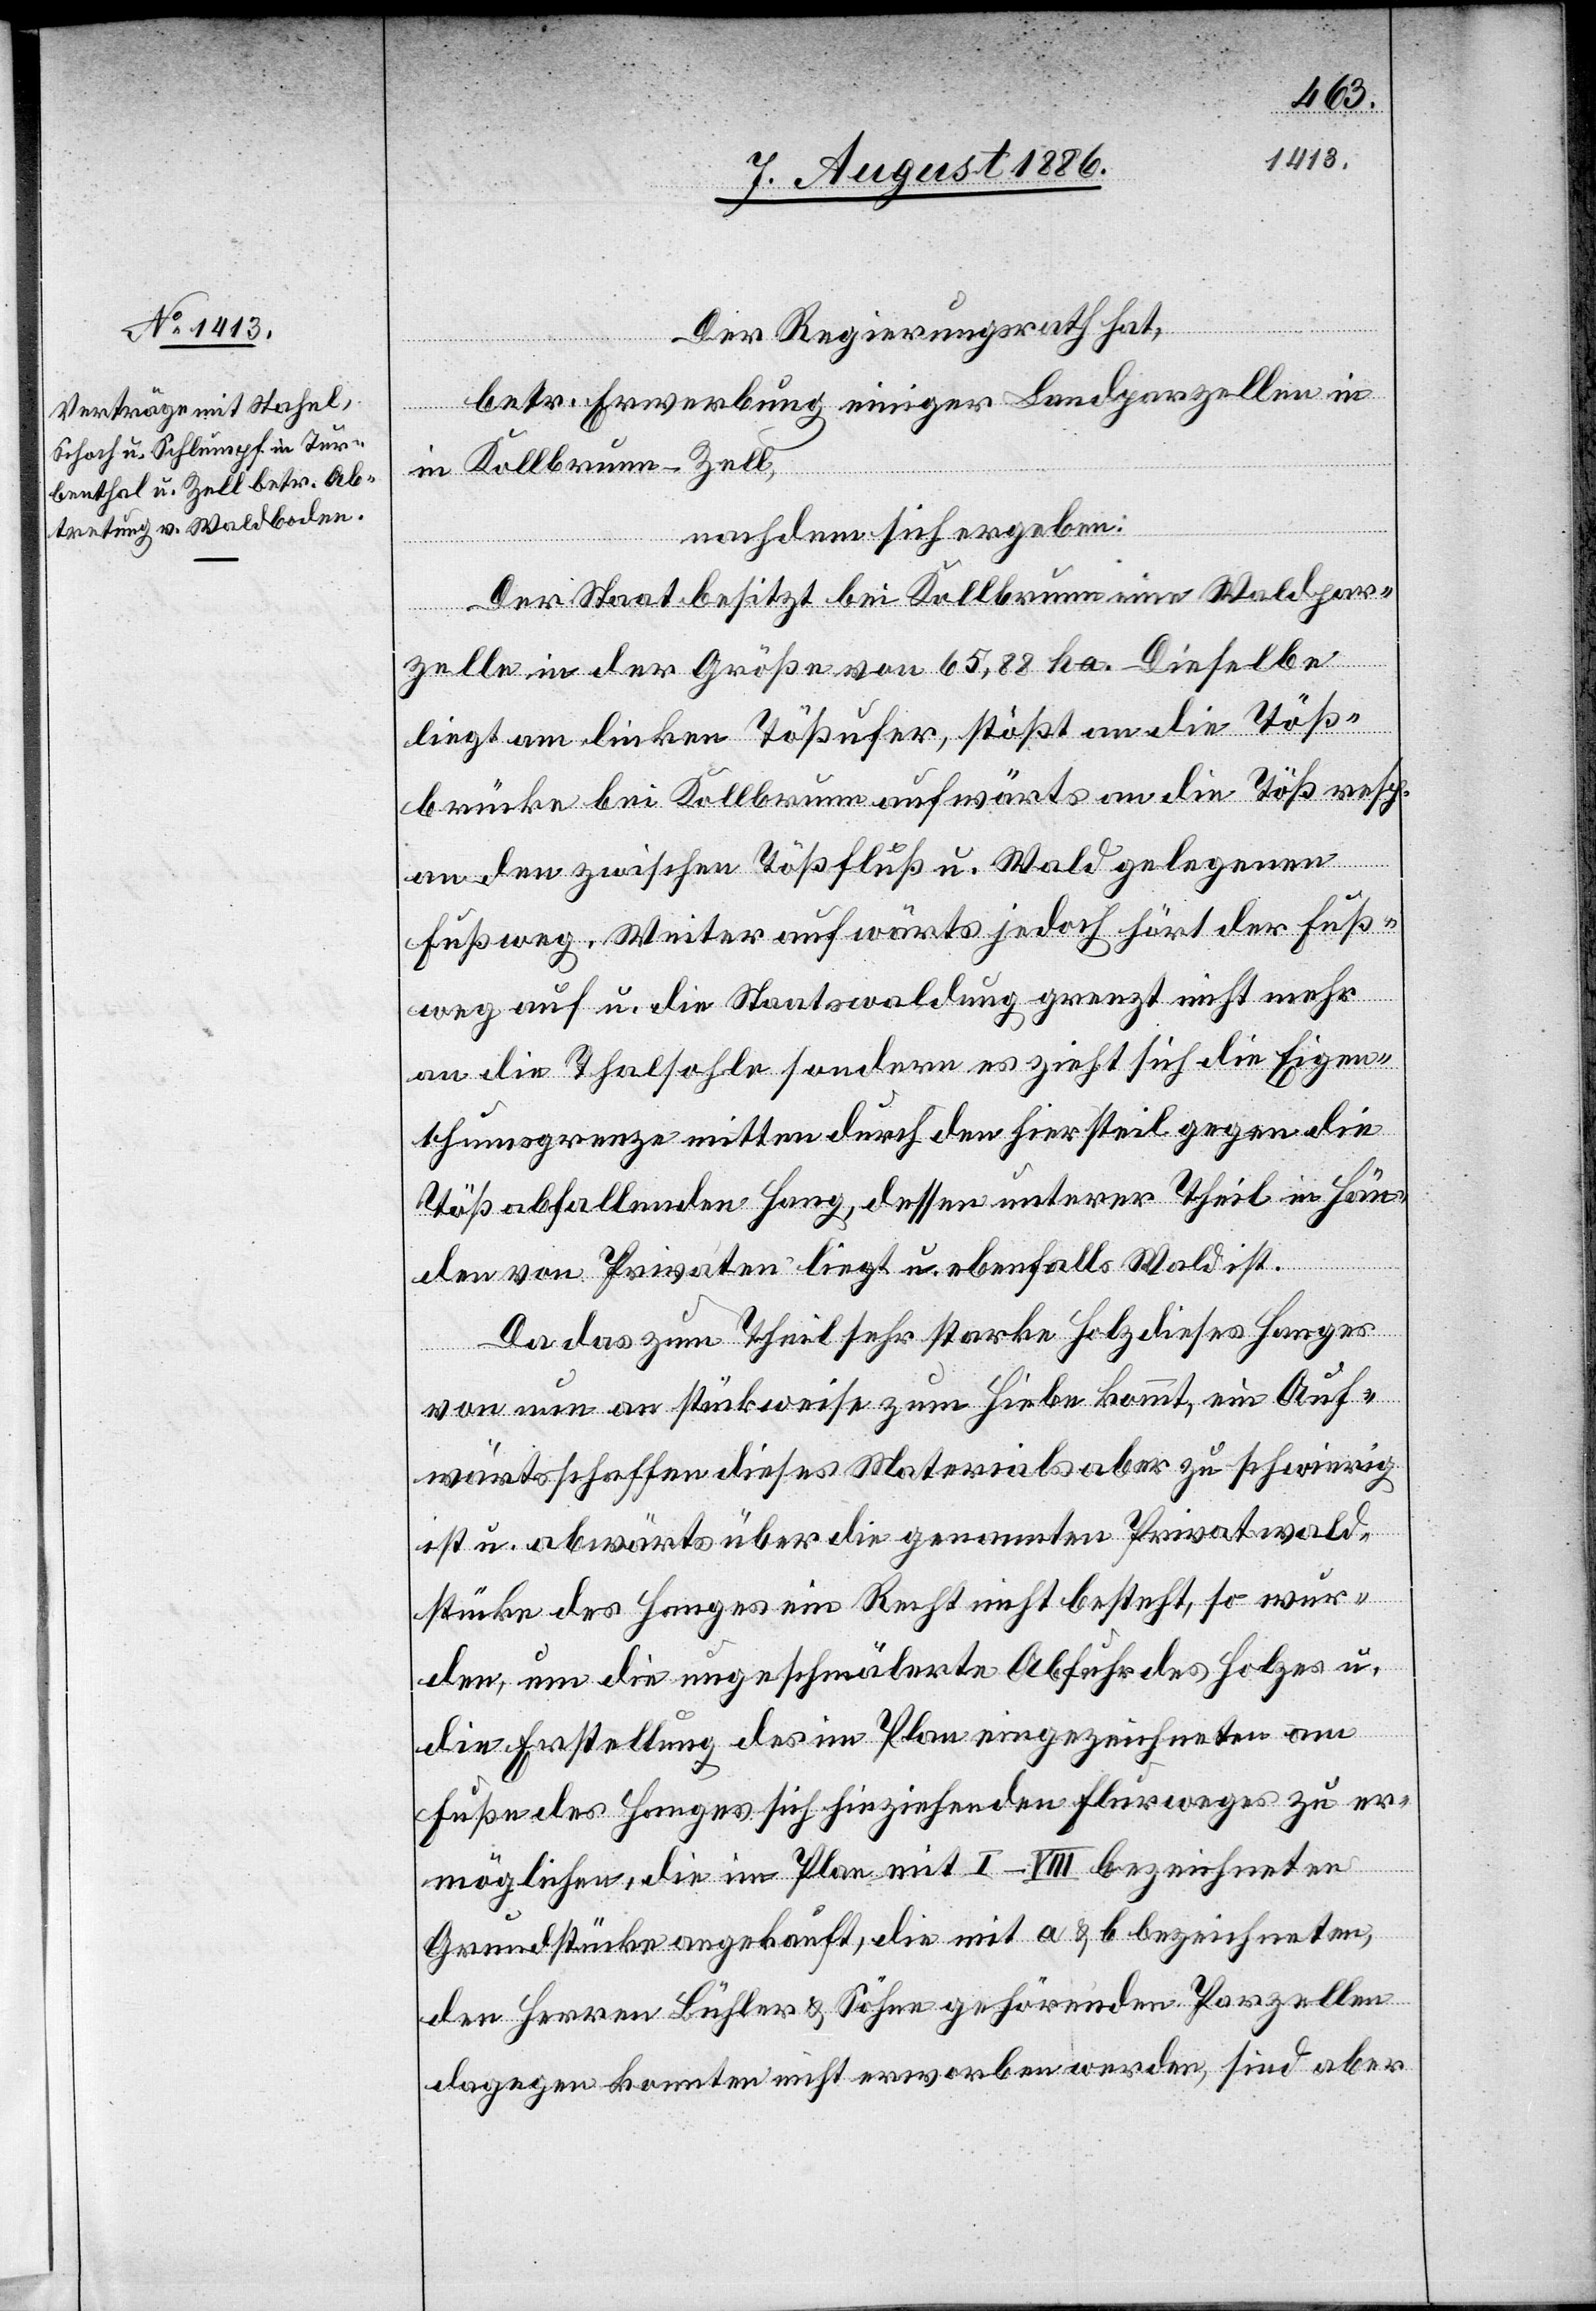
Der Regierungsrath hat,
betr. Erwerbung einiger Landparzellen in
Kollbrunn - Zell,
nachdem sich ergeben:
Der Staat besitzt bei Kollbrunn eine Waldpar¬
in
zelle in der Größe von 65,88 ha. Dieselbe
liegt am linken Tößufer, stößt an die Töß¬
brücke bei Kollbrunn aufwärts an die Töß resp.
an den zwischen Tößfluß u. Wald gelegenen
Fußweg. Weiter aufwärts jedoch hört der Fuß¬
weg auf u. die Staatswaldung grenzt nicht mehr
an die Thalsohle sondern es zieht sich die Eigen¬
thumsgrenze mitten durch den hier steil gegen die
Töß abfallenden Hang, dessen unterer Theil in Hän¬
den von Privaten liegt u. ebenfalls Wald ist.
Da das zum Theil sehr starke Holz dieses Hanges
von nun an stückweise zum Hiebe kommt, ein Auf¬
wärtsschaffen dieses Materials aber zu schwierig
ist u. abwärts über die genannten Privatwald¬
stücke des Hanges ein Recht nicht besteht, so wur¬
den, um die ungeschmälerte Abfuhr des Holzes u.
die Erstellung des im Plan eingezeichneten am
Fuße des Hanges sich hinziehenden Fußweges zu er¬
möglichen, die im Plan mit I–VIII bezeichneten
Grundstücke angekauft, die mit a & b bezeichneten,
den Herren Bühler & Söhne gehörenden Parzellen
dagegen konnten nicht erworben werden, sind aber